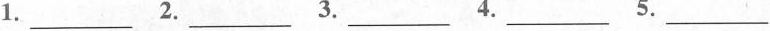
1.___2. ___3. ___4.___5.___